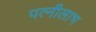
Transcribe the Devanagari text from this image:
पत्नीलाभ